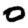
Digit: 0